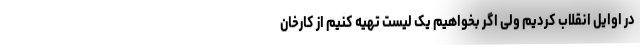
در اوایل انقلاب کردیم ولی اگر بخواهیم یک لیست تهیه کنیم از کارخان